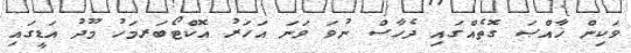
ވަކިން ޚާއްޞަ ގޮތެއްގައި ދެހާސް ނުވަ ވަނަ އަހަރު އޮކްޓޯބަރމަހު މޫދު އަޑީގައި